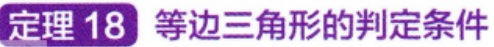
定理 18 等边三角形的判定条件